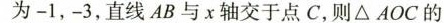
为-1，-3，直线AB与x轴交于点C，则△AOC的